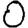
Digit: 0